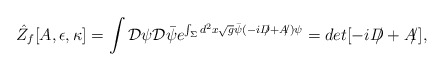
\begin{align*}\hat{Z}_f[A,\epsilon,\kappa]=\int{\cal D}\psi{\cal D}\bar{\psi}e^{\int_\Sigma d^2x \sqrt{g}\bar\psi(-i{D\!\!\!/} + {A\!\!/})\psi } =det[-i{D\!\!\!/} + {A\!\!/}],\end{align*}